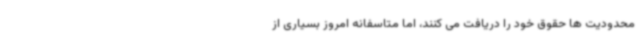
محدودیت ها حقوق خود را دریافت می کنند، اما متاسفانه امروز بسیاری از